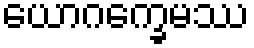
ယောဂက္ခေမဿ